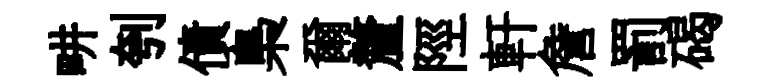
畊刳債梟爾釐陘軒詹罰碣